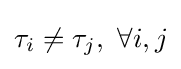
{\tau _{i}\neq \tau _{j},\ \forall i,j}